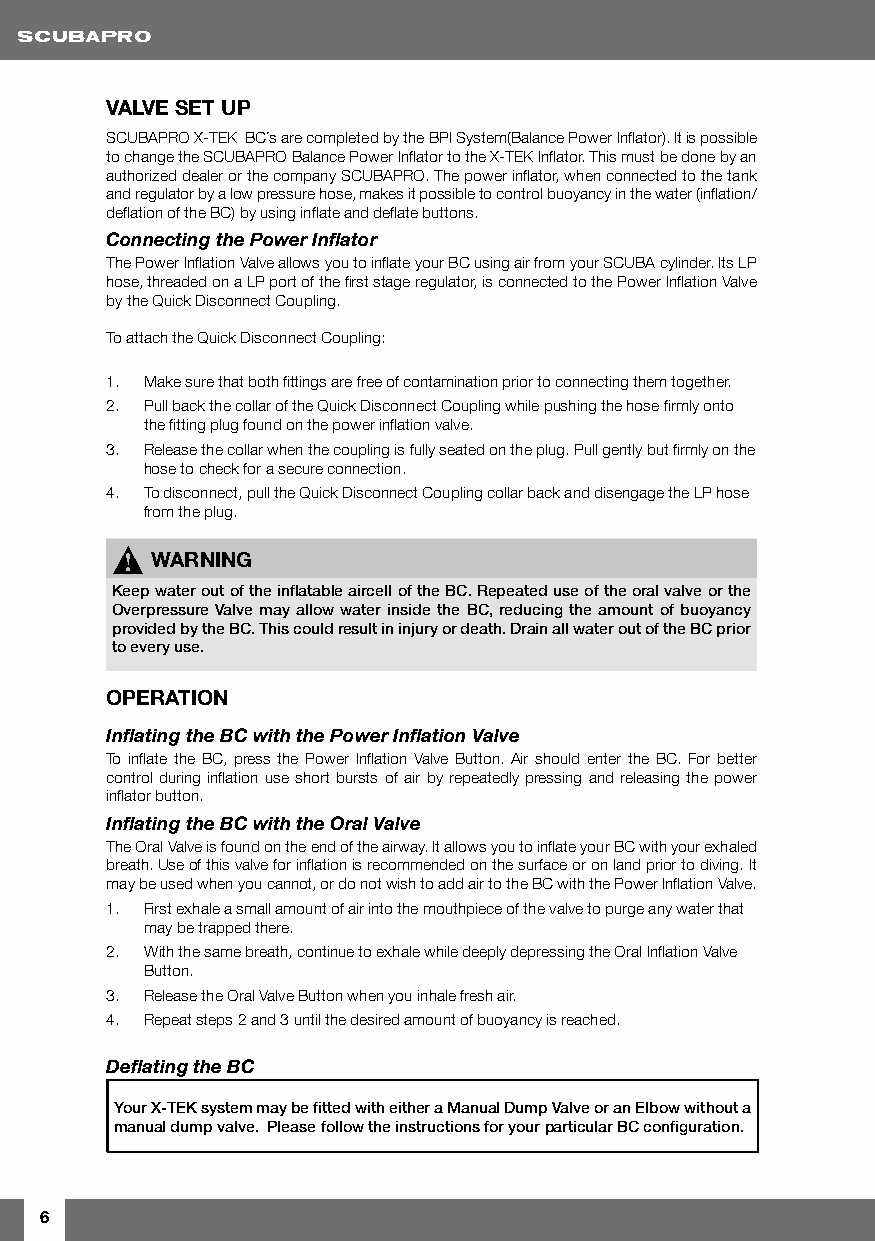
VALVE SET UP
 SCUBAPRO X-TEK BC´s are completed by the BPI System(Balance Power Inflator). It is possible
 to change the SCUBAPRO Balance Power Inflator to the X-TEK Inflator. This must be done by an
 authorized dealer or the company SCUBAPRO. The power inflator, when connected to the tank
 and regulator by a low pressure hose, makes it possible to control buoyancy in the water (inflation/
 deflation of the BC) by using inflate and deflate buttons.
 Connecting the Power Inflator
 The Power Inflation Valve allows you to inflate your BC using air from your SCUBA cylinder. Its LP
 hose, threaded on a LP port of the first stage regulator, is connected to the Power Inflation Valve
 by the Quick Disconnect Coupling.
 To attach the Quick Disconnect Coupling:
 1. Make sure that both fittings are free of contamination prior to connecting them together.
 2. Pull back the collar of the Quick Disconnect Coupling while pushing the hose firmly onto
 the fitting plug found on the power inflation valve.
 3. Release the collar when the coupling is fully seated on the plug. Pull gently but firmly on the
 hose to check for a secure connection.
 4. To disconnect, pull the Quick Disconnect Coupling collar back and disengage the LP hose
 from the plug.
 !  WARNING
 Keep water out of the inflatable aircell of the BC. Repeated use of the oral valve or the
 Overpressure Valve may allow water inside the BC, reducing the amount of buoyancy
 provided by the BC. This could result in injury or death. Drain all water out of the BC prior
 to every use.
 OPERATION
 Inflating the BC with the Power Inflation Valve
 To inflate the BC, press the Power Inflation Valve Button. Air should enter the BC. For better
 control during inflation use short bursts of air by repeatedly pressing and releasing the power
 inflator button.
 Inflating the BC with the Oral Valve
 The Oral Valve is found on the end of the airway. It allows you to inflate your BC with your exhaled
 breath. Use of this valve for inflation is recommended on the surface or on land prior to diving. It
 may be used when you cannot, or do not wish to add air to the BC with the Power Inflation Valve.
 1. First exhale a small amount of air into the mouthpiece of the valve to purge any water that
 may be trapped there.
 2. With the same breath, continue to exhale while deeply depressing the Oral Inflation Valve
 Button.
 3. Release the Oral Valve Button when you inhale fresh air.
 4. Repeat steps 2 and 3 until the desired amount of buoyancy is reached.
 Deflating the BC
 Your X-TEK system may be fitted with either a Manual Dump Valve or an Elbow without a
 manual dump valve. Please follow the instructions for your particular BC configuration.
 6